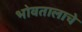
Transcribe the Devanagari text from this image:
भोवतालाचे